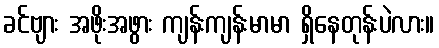
ခင်ဗျား အဖိုးအဖွား ကျန်းကျန်းမာမာ ရှိနေတုန်းပဲလား။